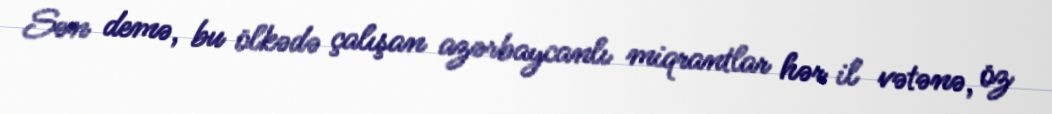
Sən demə, bu ölkədə çalışan azərbaycanlı miqrantlar hər il vətənə, öz